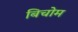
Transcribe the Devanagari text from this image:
बिचोम